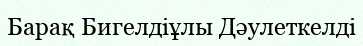
Барақ Бигелдіұлы Дәулеткелді